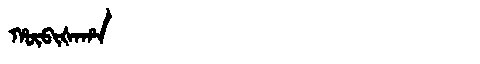
Manchu: ᡥᡡᠪᡳᡧᠠᡥᠠ
Romanization: HŪBIŠAHA